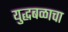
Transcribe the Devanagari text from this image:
युद्धबळाचा